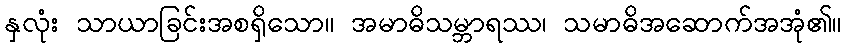
နှလုံး သာယာခြင်းအစရှိသော။ အမာဓိသမ္ဘာရဿ၊ သမာဓိအဆောက်အအုံ၏။